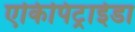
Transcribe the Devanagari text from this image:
एकिपिट्राईडा